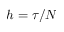
h = \tau / N